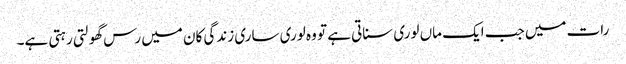
رات میں جب ایک ماں لوری سناتی ہے تو وہ لوری ساری زندگی کان میں رس گھولتی رہتی ہے۔